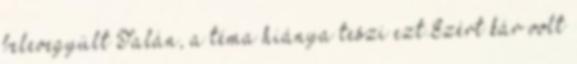
belevegyült Talán, a téma hiánya teszi ezt.Ezért kár volt